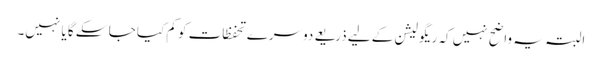
البتہ یہ واضح نہیں کہ ریگولیشن کے لیے ذریعے دوسرے تحفظات کو کم کیا جا سکے گا یا نہیں۔